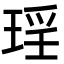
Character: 𭹠